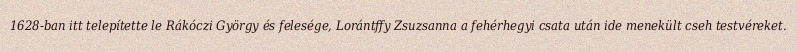
1628-ban itt telepítette le Rákóczi György és felesége, Lorántffy Zsuzsanna a fehérhegyi csata után ide menekült cseh testvéreket.